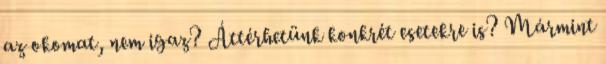
az okomat, nem igaz? Áttérhetünk konkrét esetekre is? Mármint